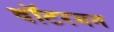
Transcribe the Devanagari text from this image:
वॉटरमन